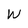
Character: W